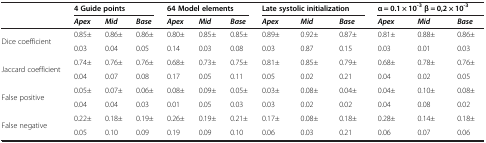
<table><thead><tr><td><b> </b></td><td colspan="3"><b>4 Guide points</b></td><td colspan="3"><b>64 Model elements</b></td><td colspan="3"><b>Late systolic initialization</b></td><td colspan="3"><b>α = 0.1 × 10<sup>-3 </sup>β = 0,2 × 10<sup>-3</sup></b></td></tr><tr><td><b> </b></td><td><b><i>Apex</i></b></td><td><b><i>Mid</i></b></td><td><b><i>Base</i></b></td><td><b><i>Apex</i></b></td><td><b><i>Mid</i></b></td><td><b><i>Base</i></b></td><td><b><i>Apex</i></b></td><td><b><i>Mid</i></b></td><td><b><i>Base</i></b></td><td><b><i>Apex</i></b></td><td><b><i>Mid</i></b></td><td><b><i>Base</i></b></td></tr></thead><tbody><tr><td rowspan="2">Dice coefficient</td><td>0.85±</td><td>0.86±</td><td>0.86±</td><td>0.80±</td><td>0.85±</td><td>0.85±</td><td>0.89±</td><td>0.92±</td><td>0.87±</td><td>0.81±</td><td>0.88±</td><td>0.86±</td></tr><tr><td>0.03</td><td>0.04</td><td>0.05</td><td>0.14</td><td>0.03</td><td>0.08</td><td>0.03</td><td>0.87</td><td>0.15</td><td>0.03</td><td>0.01</td><td>0.03</td></tr><tr><td rowspan="2">Jaccard coefficient</td><td>0.74±</td><td>0.76±</td><td>0.76±</td><td>0.68±</td><td>0.73±</td><td>0.75±</td><td>0.81±</td><td>0.85±</td><td>0.79±</td><td>0.68±</td><td>0.78±</td><td>0.76±</td></tr><tr><td>0.04</td><td>0.07</td><td>0.08</td><td>0.17</td><td>0.05</td><td>0.11</td><td>0.05</td><td>0.02</td><td>0.21</td><td>0.04</td><td>0.02</td><td>0.05</td></tr><tr><td rowspan="2">False positive</td><td>0.05±</td><td>0.07±</td><td>0.06±</td><td>0.08±</td><td>0.09±</td><td>0.05±</td><td>0.03±</td><td>0.08±</td><td>0.04±</td><td>0.04±</td><td>0.10±</td><td>0.08±</td></tr><tr><td>0.04</td><td>0.04</td><td>0.03</td><td>0.01</td><td>0.05</td><td>0.03</td><td>0.03</td><td>0.02</td><td>0.02</td><td>0.04</td><td>0.08</td><td>0.02</td></tr><tr><td rowspan="2">False negative</td><td>0.22±</td><td>0.18±</td><td>0.19±</td><td>0.26±</td><td>0.19±</td><td>0.21±</td><td>0.17±</td><td>0.08±</td><td>0.18±</td><td>0.28±</td><td>0.14±</td><td>0.18±</td></tr><tr><td>0.05</td><td>0.10</td><td>0.09</td><td>0.19</td><td>0.09</td><td>0.10</td><td>0.06</td><td>0.03</td><td>0.21</td><td>0.06</td><td>0.07</td><td>0.06</td></tr></tbody></table>